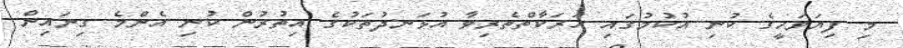
މި ފިޔަވަހީގެ ކުނި އުކުމުގައި ހަރަކާތްތެރިވާ އުޅަނދުތަކުގެ އިތުރުން ކުނި އެންމެ ގިނައިން